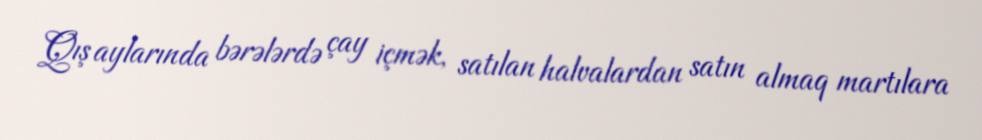
Qış aylarında bərələrdə çay içmək, satılan halvalardan satın almaq martılara